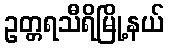
ဥတ္တရသီရိမြို့နယ်